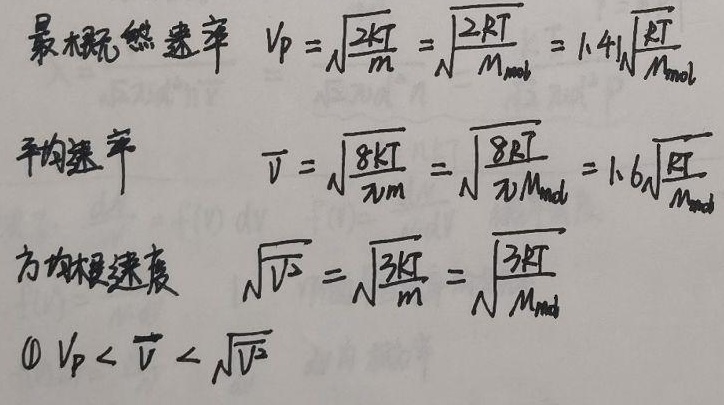
最概然速率 \(v_{p}=\sqrt{\frac{2kT}{m}}=\sqrt{\frac{2RT}{M_{\mathrm{mol}}}} = 1.41\sqrt{\frac{RT}{M_{\mathrm{mol}}}}\)，平均速率 \(\overline{v}=\sqrt{\frac{8kT}{\pi m}}=\sqrt{\frac{8RT}{\pi M_{\mathrm{mol}}}} = 1.6\sqrt{\frac{RT}{M_{\mathrm{mol}}}}\)，方均根速度 \(\sqrt{\overline{v^{2}}}=\sqrt{\frac{3kT}{m}}=\sqrt{\frac{3RT}{M_{\mathrm{mol}}}}\)。\(\textcircled{1} v_{p}<\overline{v}<\sqrt{\overline{v^{2}}}\)